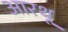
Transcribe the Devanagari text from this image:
आरथू